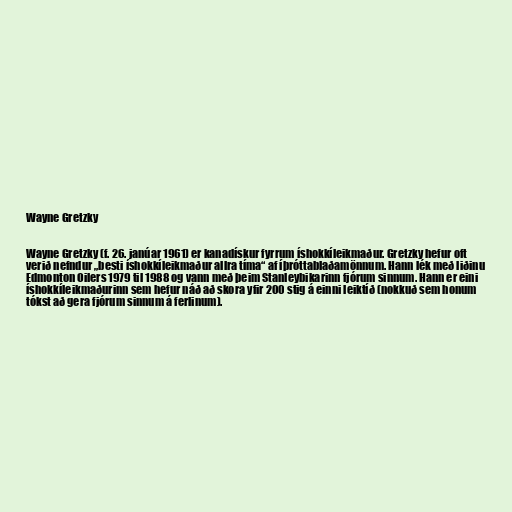
Wayne Gretzky

Wayne Gretzky (f. 26. janúar 1961) er kanadískur fyrrum íshokkíleikmaður. Gretzky hefur oft
verið nefndur „besti íshokkíleikmaður allra tíma“ af íþróttablaðamönnum. Hann lék með liðinu
Edmonton Oilers 1979 til 1988 og vann með þeim Stanleybikarinn fjórum sinnum. Hann er eini
íshokkíleikmaðurinn sem hefur náð að skora yfir 200 stig á einni leiktíð (nokkuð sem honum
tókst að gera fjórum sinnum á ferlinum).